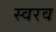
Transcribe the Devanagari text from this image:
स्वरव